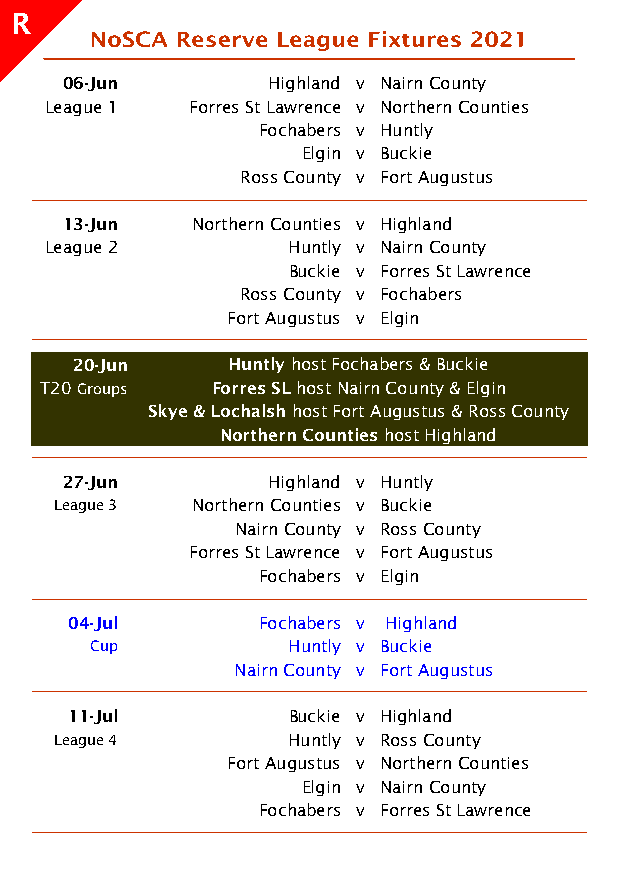
R
 06-Jun        Highland v Nairn County
 League 1  Forres St Lawrence v Northern Counties
 Fochabers v Huntly
 Elgin v Buckie
 Ross County v Fort Augustus
 13-Jun   Northern Counties v Highland
 League 2        Huntly v Nairn County
 Buckie v Forres St Lawrence
 Ross County v Fochabers
 Fort Augustus v Elgin
 20-Jun    Huntly host Fochabers & Buckie
 T20 Groups Forres SL host Nairn County & Elgin
 Skye & Lochalsh host Fort Augustus & Ross County
 Northern Counties host Highland
 27-Jun        Highland v Huntly
 League 3 Northern Counties v Buckie
 Nairn County v Ross County
 Forres St Lawrence v Fort Augustus
 Fochabers v Elgin
 04-Jul      Fochabers v Highland
 Cup          Huntly v Buckie
 Nairn County v Fort Augustus
 11-Jul        Buckie v Highland
 League 4       Huntly v Ross County
 Fort Augustus v Northern Counties
 Elgin v Nairn County
 Fochabers v Forres St Lawrence